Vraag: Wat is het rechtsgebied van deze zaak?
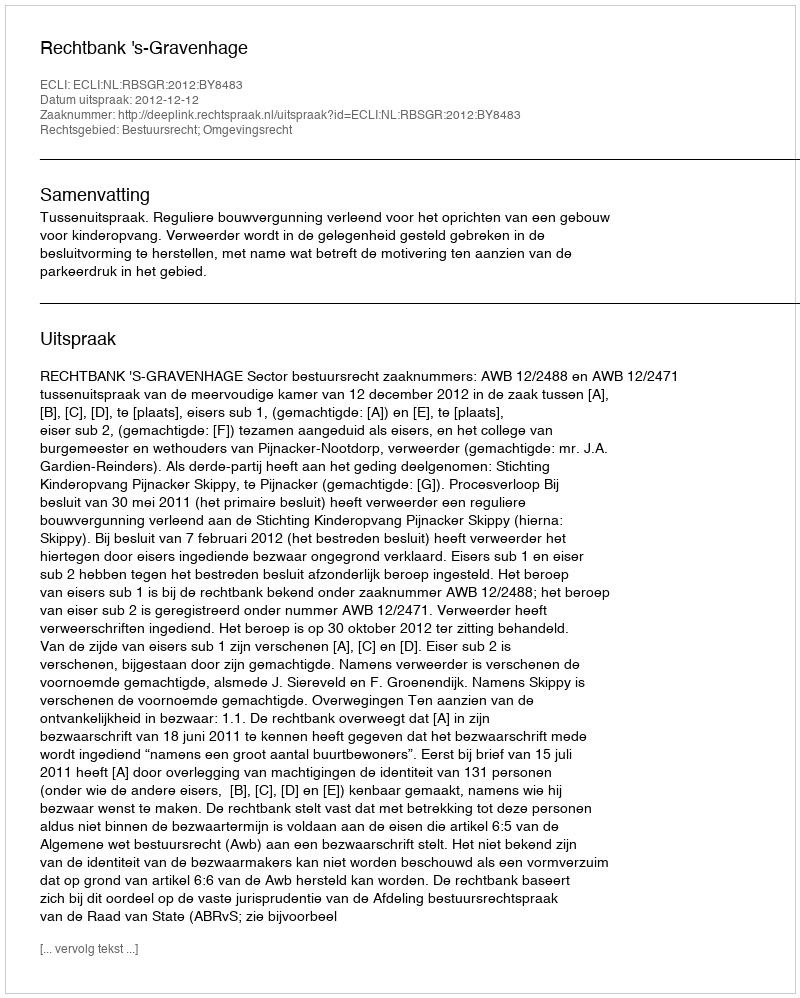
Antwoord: Bestuursrecht; Omgevingsrecht